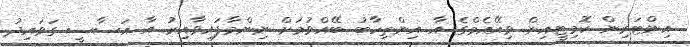
އިންޓަރިން ކޮމިޓީއިން ވިއޭއެމްގެ އާ އިންތިހާބު ބޭއްވުމަށް ނިންމާފައިވާއިރު އާ އަސާސީ ގަވައިދު